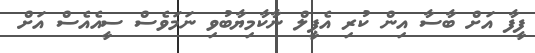
ފީފާ އަށް ބާސާ އިން ކުރި އެޕީލް ނާކާމިޔާބުވި ނަމަވެސް ސީއެއެސް އަށް